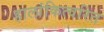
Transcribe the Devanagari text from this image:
हालांकित्वरित